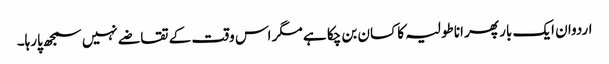
اردوان ایک بار پھر اناطولیہ کا کسان بن چکا ہے مگر اس وقت کے تقاضے نہیں سمجھ پارہا۔